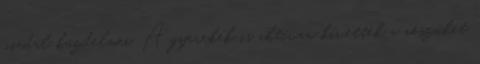
viadal küzdelmei. A gyerekek is aktívan kivették a részüket